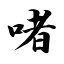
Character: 啫